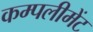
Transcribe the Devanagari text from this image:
कम्पलीमेंट